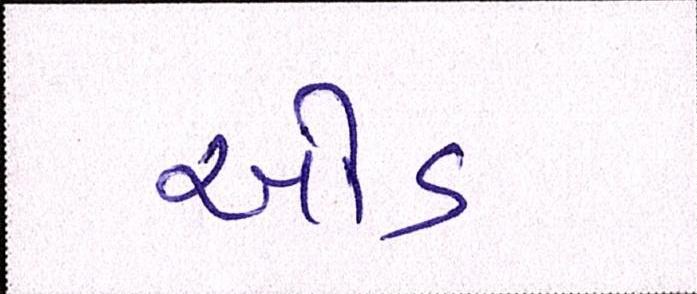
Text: ઓડ